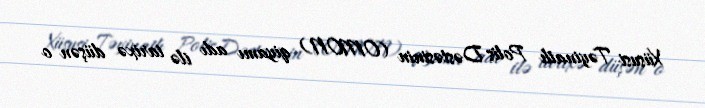
Xüsusi Təyinatlı Polis Dəstəsinin (OMON) qiyamı adı ilə tarixə düşən o